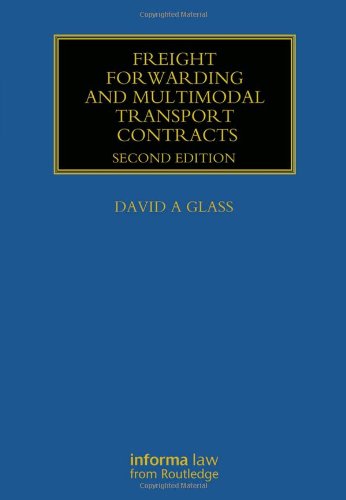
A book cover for Freight Forwarding and Multi Modal Transport Contracts (Maritime and Transport Law Library); David Glass; Business & Money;